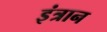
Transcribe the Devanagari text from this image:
इंत्रान